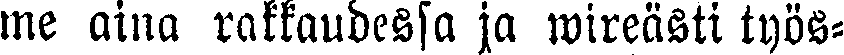
me aina rakkaudessa ja wireästi työs-